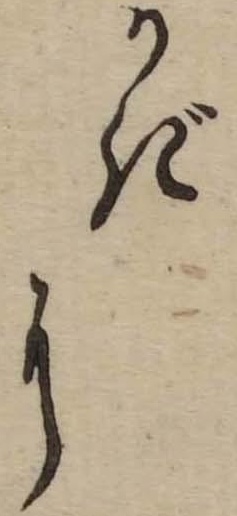
かぎに